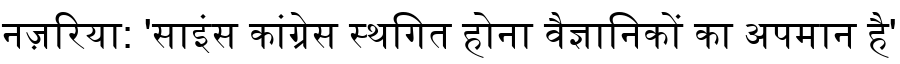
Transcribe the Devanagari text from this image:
नज़रिया: 'साइंस कांग्रेस स्थगित होना वैज्ञानिकों का अपमान है'